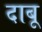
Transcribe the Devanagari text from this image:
दाबू